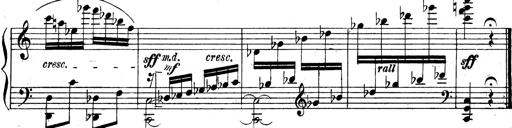
Title: 3 Sonatinas for Piano
Composer: Vissarion Shebalin